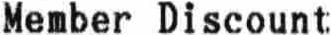
MEMBER DISCOUNT;